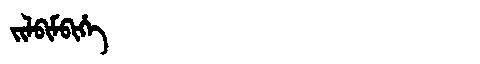
Manchu: ᠵᡳᠯᠪᡳᠮᠪᡳᡥᡝ
Romanization: JILBIMBIHE